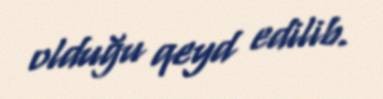
olduğu qeyd edilib.